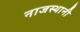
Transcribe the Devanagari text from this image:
नाजस्थानी